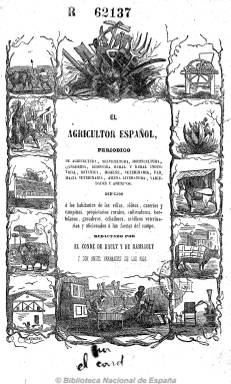
Título: El Agricultor español
Colección: Agricultura y ganadería || Periódicos
Ámbito geográfico: Madrid
Lugar de publicación: Madrid
Fechas: 01/01/1850-31/12/1851

Durante el siglo XIX distintos profesionales conocidos por sus escritos sobre agricultura publicaron revistas y periódicos destinados a fomentar el progreso del sector en España. La revista "El Agricultor Español" es un claro ejemplo de ello, cuyo propietario y principal redactor fue el Conde de Rault y de Ramsault,  estudioso que durante diez años viajó por toda Europa y parte de América para conocer sus sistemas de producción agraria, asegurando que el principal destinatario de la revista era “la población verdaderamente agrícola” y excluyendo de sus páginas la jurisprudencia rural, la política y las normas aprobadas por el Gobierno.

Incluye principalmente artículos de divulgación técnica, publicados por entregas y especialmente adaptados en forma de diálogo para ser entendidos por el público en general.